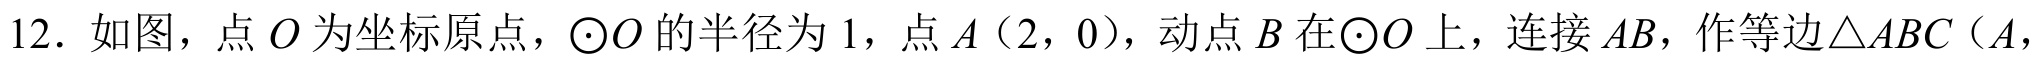
12. 如图，点\(O\)为坐标原点，\(\odot O\)的半径为\(1\)，点\(A(2,0)\)，动点\(B\)在\(\odot O\)上，连接\(AB\)，作等边\(\triangle ABC\)（\(A\)，